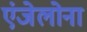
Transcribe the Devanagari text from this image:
एंजेलोना